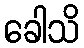
ခေါသိ